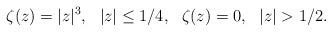
LaTeX: \begin{align*}\zeta(z)=|z|^3,\ \ |z|\leq 1/4,\ \ \zeta(z)=0,\ \ |z|>1/2.\end{align*}